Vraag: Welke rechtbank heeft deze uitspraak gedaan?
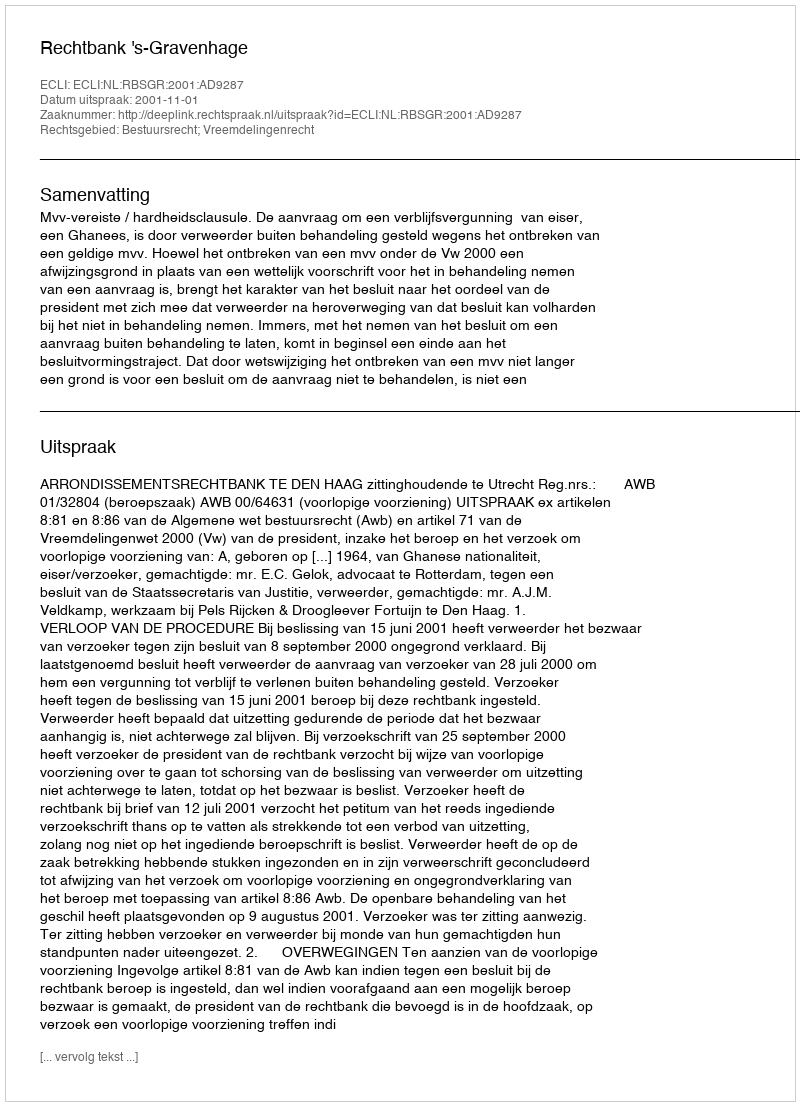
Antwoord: Rechtbank 's-Gravenhage